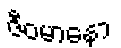
ဇီဝမာနော